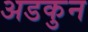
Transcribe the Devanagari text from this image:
अडकुन